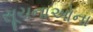
સૂચનાઓના